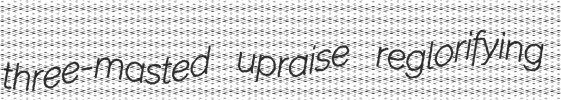
three-masted upraise reglorifying